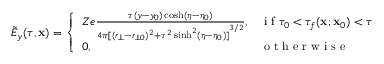
\tilde { E } _ { y } ( \tau , \mathbf { x } ) = \left\{ \begin{array} { l l } { Z e \frac { \tau ( y - y _ { 0 } ) \cosh ( \eta - \eta _ { 0 } ) } { 4 \pi { [ ( r _ { \bot } - r _ { \bot 0 } ) ^ { 2 } + \tau ^ { 2 } \sinh ^ { 2 } ( \eta - \eta _ { 0 } ) ] } ^ { 3 / 2 } } , } & { \mathrm { ~ i ~ f ~ } \tau _ { 0 } < \tau _ { f } ( \mathbf { x } ; \mathbf { x } _ { 0 } ) < \tau } \\ { 0 , } & { \mathrm { ~ o ~ t ~ h ~ e ~ r ~ w ~ i ~ s ~ e ~ } } \end{array} \right.